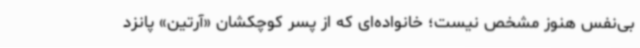
بی‌نفس هنوز مشخص نیست؛ خانواده‌ای که از پسر کوچکشان «آرتین» پانزد